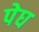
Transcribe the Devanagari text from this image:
पेघ